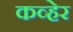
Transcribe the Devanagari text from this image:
कव्हेर